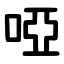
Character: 啞